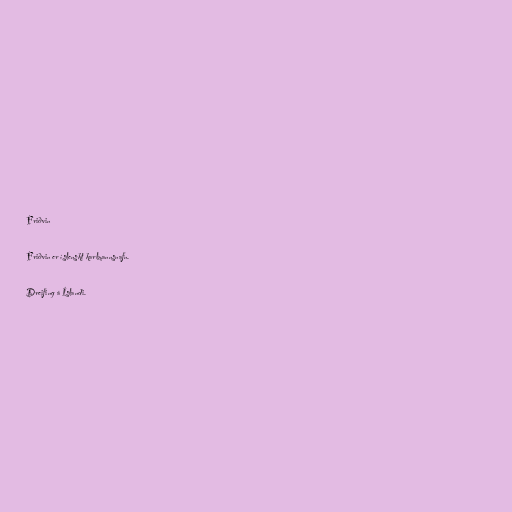
Friðvin

Friðvin er íslenskt karlmannsnafn.

Dreifing á Íslandi.